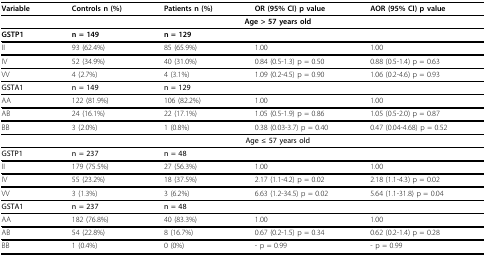
<table><thead><tr><td><b>Variable</b></td><td><b>Controls n (%)</b></td><td><b>Patients n (%)</b></td><td><b>OR (95% CI) p value</b></td><td><b>AOR (95% CI) p value</b></td></tr></thead><tbody><tr><td></td><td colspan="4"><b>Age &gt; 57 years old</b></td></tr><tr><td><b>GSTP1</b></td><td><b>n = 149</b></td><td><b>n = 129</b></td><td></td><td></td></tr><tr><td>II</td><td>93 (62.4%)</td><td>85 (65.9%)</td><td>1.00</td><td>1.00</td></tr><tr><td>IV</td><td>52 (34.9%)</td><td>40 (31.0%)</td><td>0.84 (0.5-1.3) p = 0.50</td><td>0.88 (0.5-1.4) p = 0.63</td></tr><tr><td>VV</td><td>4 (2.7%)</td><td>4 (3.1%)</td><td>1.09 (0.2-4.5) p = 0.90</td><td>1.06 (0.2-4.6) p = 0.93</td></tr><tr><td><b>GSTA1</b></td><td><b>n = 149</b></td><td><b>n = 129</b></td><td></td><td></td></tr><tr><td>AA</td><td>122 (81.9%)</td><td>106 (82.2%)</td><td>1.00</td><td>1.00</td></tr><tr><td>AB</td><td>24 (16.1%)</td><td>22 (17.1%)</td><td>1.05 (0.5-1.9) p = 0.86</td><td>1.05 (0.5-2.0) p = 0.87</td></tr><tr><td>BB</td><td>3 (2.0%)</td><td>1 (0.8%)</td><td>0.38 (0.03-3.7) p = 0.40</td><td>0.47 (0.04-4.68) p = 0.52</td></tr><tr><td></td><td colspan="4"><b>Age ≤ 57 years old</b></td></tr><tr><td><b>GSTP1</b></td><td><b>n = 237</b></td><td><b>n = 48</b></td><td></td><td></td></tr><tr><td>II</td><td>179 (75.5%)</td><td>27 (56.3%)</td><td>1.00</td><td>1.00</td></tr><tr><td>IV</td><td>55 (23.2%)</td><td>18 (37.5%)</td><td>2.17 (1.1-4.2) p = 0.02</td><td>2.18 (1.1-4.3) p = 0.02</td></tr><tr><td>VV</td><td>3 (1.3%)</td><td>3 (6.2%)</td><td>6.63 (1.2-34.5) p = 0.02</td><td>5.64 (1.1-31.8) p = 0.04</td></tr><tr><td><b>GSTA1</b></td><td><b>n = 237</b></td><td><b>n = 48</b></td><td></td><td></td></tr><tr><td>AA</td><td>182 (76.8%)</td><td>40 (83.3%)</td><td>1.00</td><td>1.00</td></tr><tr><td>AB</td><td>54 (22.8%)</td><td>8 (16.7%)</td><td>0.67 (0.2-1.5) p = 0.34</td><td>0.62 (0.2-1.4) p = 0.28</td></tr><tr><td>BB</td><td>1 (0.4%)</td><td>0 (0%)</td><td>- p = 0.99</td><td>- p = 0.99</td></tr></tbody></table>